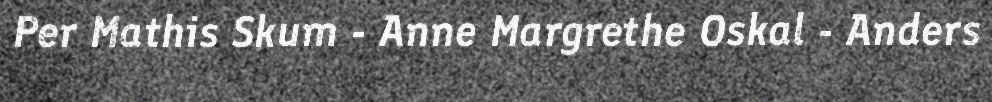
Per Mathis Skum - Anne Margrethe Oskal - Anders